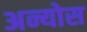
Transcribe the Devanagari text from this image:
अन्योस